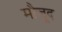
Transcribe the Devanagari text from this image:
मौजू़द